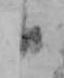
日